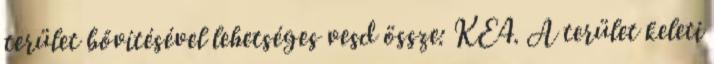
terület bővítésével lehetséges vesd össze: KE4. A terület keleti